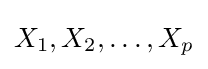
X_{1},X_{2},\dots ,X_{p}